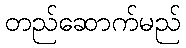
တည်ဆောက်မည်